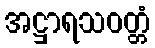
အဋ္ဌာရသဝတ္တံ